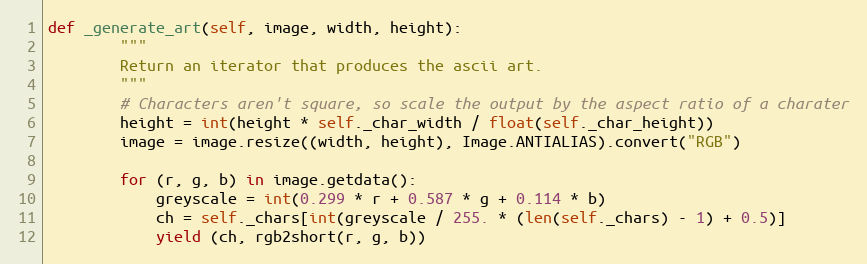
Language: Python
def _generate_art(self, image, width, height):
        """
        Return an iterator that produces the ascii art.
        """
        # Characters aren't square, so scale the output by the aspect ratio of a charater
        height = int(height * self._char_width / float(self._char_height))
        image = image.resize((width, height), Image.ANTIALIAS).convert("RGB")

        for (r, g, b) in image.getdata():
            greyscale = int(0.299 * r + 0.587 * g + 0.114 * b)
            ch = self._chars[int(greyscale / 255. * (len(self._chars) - 1) + 0.5)]
            yield (ch, rgb2short(r, g, b))